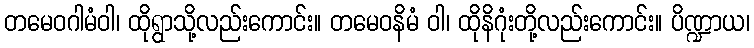
တမေဝဂါမံဝါ၊ ထိုရွာသို့လည်းကောင်း။ တမေဝနိမံ ဝါ၊ ထိုနိဂုံးတို့လည်းကောင်း။ ပိဏ္ဍာယ၊